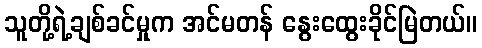
သူတို့ရဲ့ချစ်ခင်မှုက အင်မတန် နွေးထွေးခိုင်မြဲတယ်။